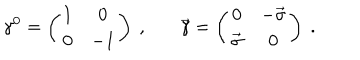
\gamma ^ { 0 } = \left( \begin{array} { c c } { { 1 } } & { { 0 } } \\ { { 0 } } & { { - 1 } } \\ \end{array} \right) ~ , ~ \vec { \gamma } = \left( \begin{array} { c c } { { 0 } } & { { - \vec { \sigma } } } \\ { { \vec { \sigma } } } & { { 0 } } \\ \end{array} \right) ~ .